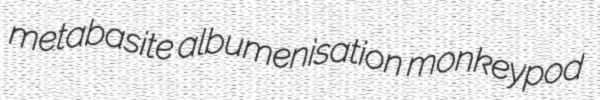
metabasite albumenisation monkeypod